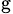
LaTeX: _\mathrm{g}